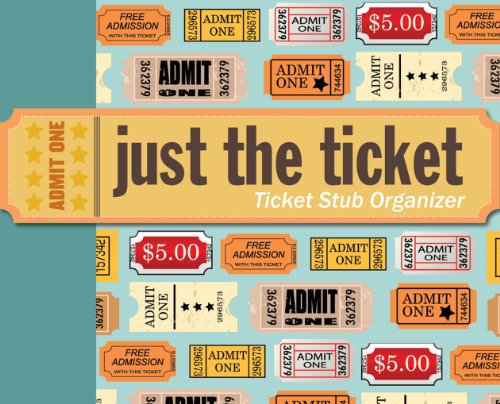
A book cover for Just the Ticket: Ticket Stub Organizer; Peter Pauper Press; Crafts, Hobbies & Home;